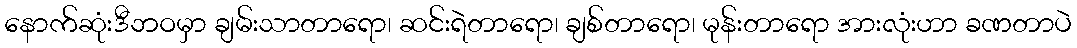
နောက်ဆုံးဒီဘဝမှာ ချမ်းသာတာရော၊ ဆင်းရဲတာရော၊ ချစ်တာရော၊ မုန်းတာရော အားလုံးဟာ ခဏတာပဲ